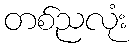
တစ်ညလုံး